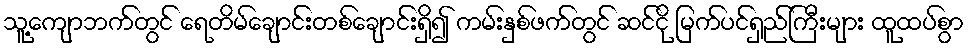
သူ့ကျောဘက်တွင် ရေတိမ်ချောင်းတစ်ချောင်းရှိ၍ ကမ်းနှစ်ဖက်တွင် ဆင်ငို မြက်ပင်ရှည်ကြီးများ ထူထပ်စွာ